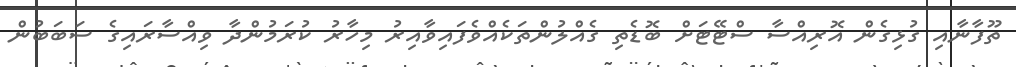
ތޫފާނާއި ގުޅިގެން އޮރިއްސާ ސްޓޭޓަށް ބޮޑެތި ގެއްލުންތަކެއްވެފައިވާއިރު މިހާރު ކުރަމުންދާ ވިއްސާރައިގެ ސަބަބުން